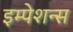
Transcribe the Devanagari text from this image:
इम्पेशन्स